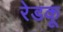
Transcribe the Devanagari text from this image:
रेडकू